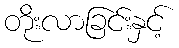
တိုးလာခြင်းနှင့်